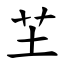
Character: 芏